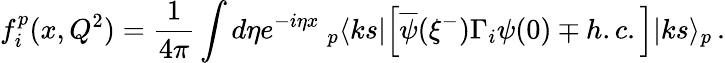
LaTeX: f_{i}^{p}(x,Q^{2})={\frac{1}{4\pi}}\int d\eta e^{-i\eta x}~_{p}\langle ks|\Big[\overline{{{\psi}}}(\xi^{-})\Gamma_{i}\psi(0)\mp h.c.\Big]|ks\rangle_{p}\, .